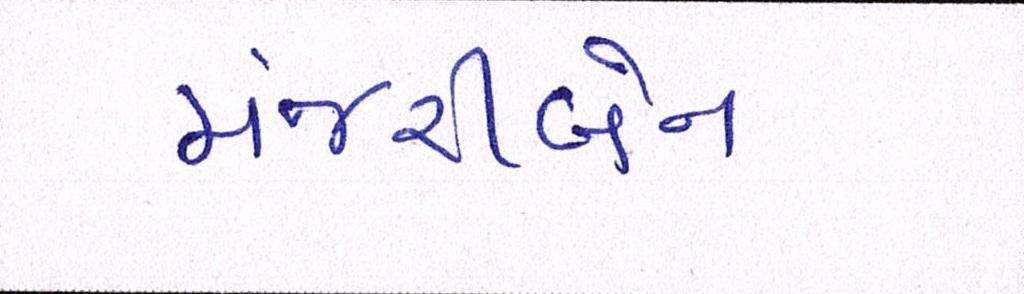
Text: મંજરીબેન